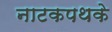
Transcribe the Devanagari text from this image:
नाटकपथके